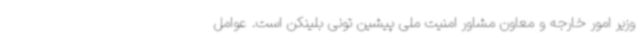
وزیر امور خارجه و معاون مشاور امنیت ملی پیشین تونی بلینکن است. عوامل